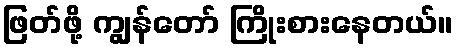
ဖြတ်ဖို့ ကျွန်တော် ကြိုးစားနေတယ်။